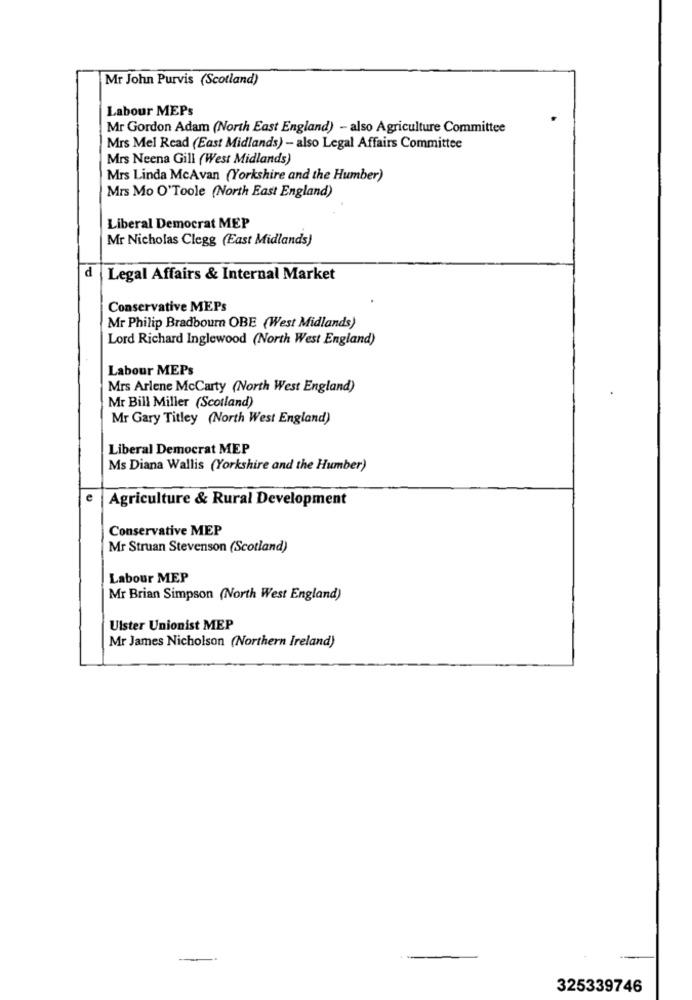
Mr John Purvis (Scotland)
Labour MEPs
Mr Gordon Adam (North East England) - also Agriculture Committee
Mrs Mel Read (East Midlands) - also Legal Affairs Committee
Mrs Neena Gill (West Midlands)
Mrs Linda McAvan (Yorkshire and the Humber)
Mrs Mo O'Toole (North East England)
Liberal Democrat MEP
Mr Nicholas Clegg (East Midlands)
d
Legal Affairs & Internal Market
Conservative MEPs
Mr Philip Bradbourn OBE (West Midlands)
Lord Richard Inglewood (North West England)
Labour MEPs
Mrs Arlene McCarty (North West England)
Mr Bill Miller (Scotland)
Mr Gary Titley (North West England)
Liberal Democrat MEP
Ms Diana Wallis (Yorkshire and the Humber)
e
Agriculture & Rural Development
Conservative MEP
Mr Struan Stevenson (Scotland)
Labour MEP
Mr Brian Simpson (North West England)
Ulster Unionist MEP
Mr James Nicholson (Northern Ireland)
325339746